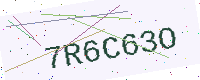
Text: 7R6C63O